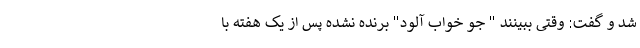
شد و گفت: وقتی ببینند " جو خواب آلود" برنده نشده پس از یک هفته با